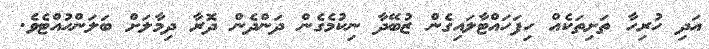
އަދި ހުރިހާ ތަށިތަކެއް ހިފަހައްޓާލައިގެން ޒުބޭދާ ނިކުމެގެން ދަންދެން ދޮރާ ދިމާލަށް ބަލަންހުއްޓެވެ.